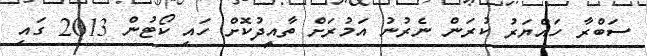
ސަބްރާ ހައްޔަރު ކުރަން ނެރުނު އަމުރަށް ތާއީދުކޮށް ހައި ކޯޓުން 2013 ގައި